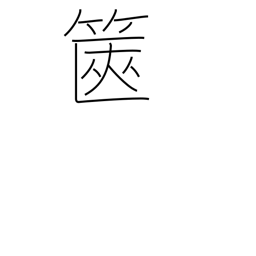
Meaning: box